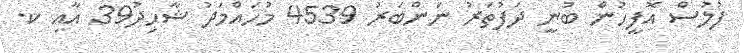
ފުލުސް އޮފީހުން ބުނީ ދަފުތަރު ނަންބަރު 4539 މުހައްމަދު ޝާހިދު39 އާއި ކ.